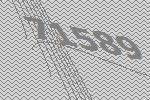
71589